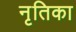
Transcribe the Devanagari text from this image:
नृतिका